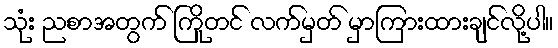
သုံး ညစာအတွက် ကြိုတင် လက်မှတ် မှာကြားထားချင်လို့ပါ။